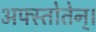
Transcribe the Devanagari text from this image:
अफ्स्तोतेन्।